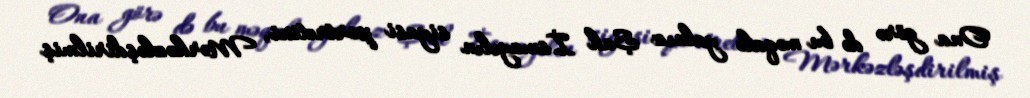
Ona görə də bu məqalə yalnız Şah İsmayılın siyasi portretini, Mərkəzləşdirilmiş